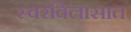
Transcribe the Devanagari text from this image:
स्वरविलासात